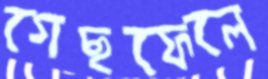
গেছফেলে